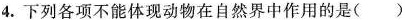
4. 下列各项不能体现动物在自然界中作用的是()